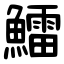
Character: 鱩